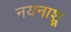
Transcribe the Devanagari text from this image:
नयनाश्रू